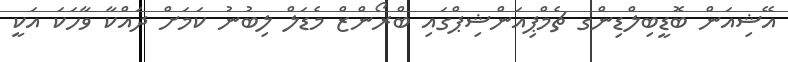
އޭޝިއަން ބޮޑީބިލްޑިންގ ޗެމްޕިއަންޝިޕްގައި ބްރޯންޒް މެޑަލް ލިބުނު ކަމަށް ދައްކާ ވާހަކަ އަކީ